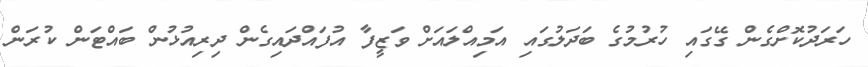
ހަރަދުކޮށްގެން ގޭގައި ހުރުމުގެ ބަދަލުގައި އަމިއްލައަށް ވަޒީފާ އުފައްދައިގެން ދިރިއުޅުން ބައްޓަން ކުރަން